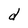
Character: d